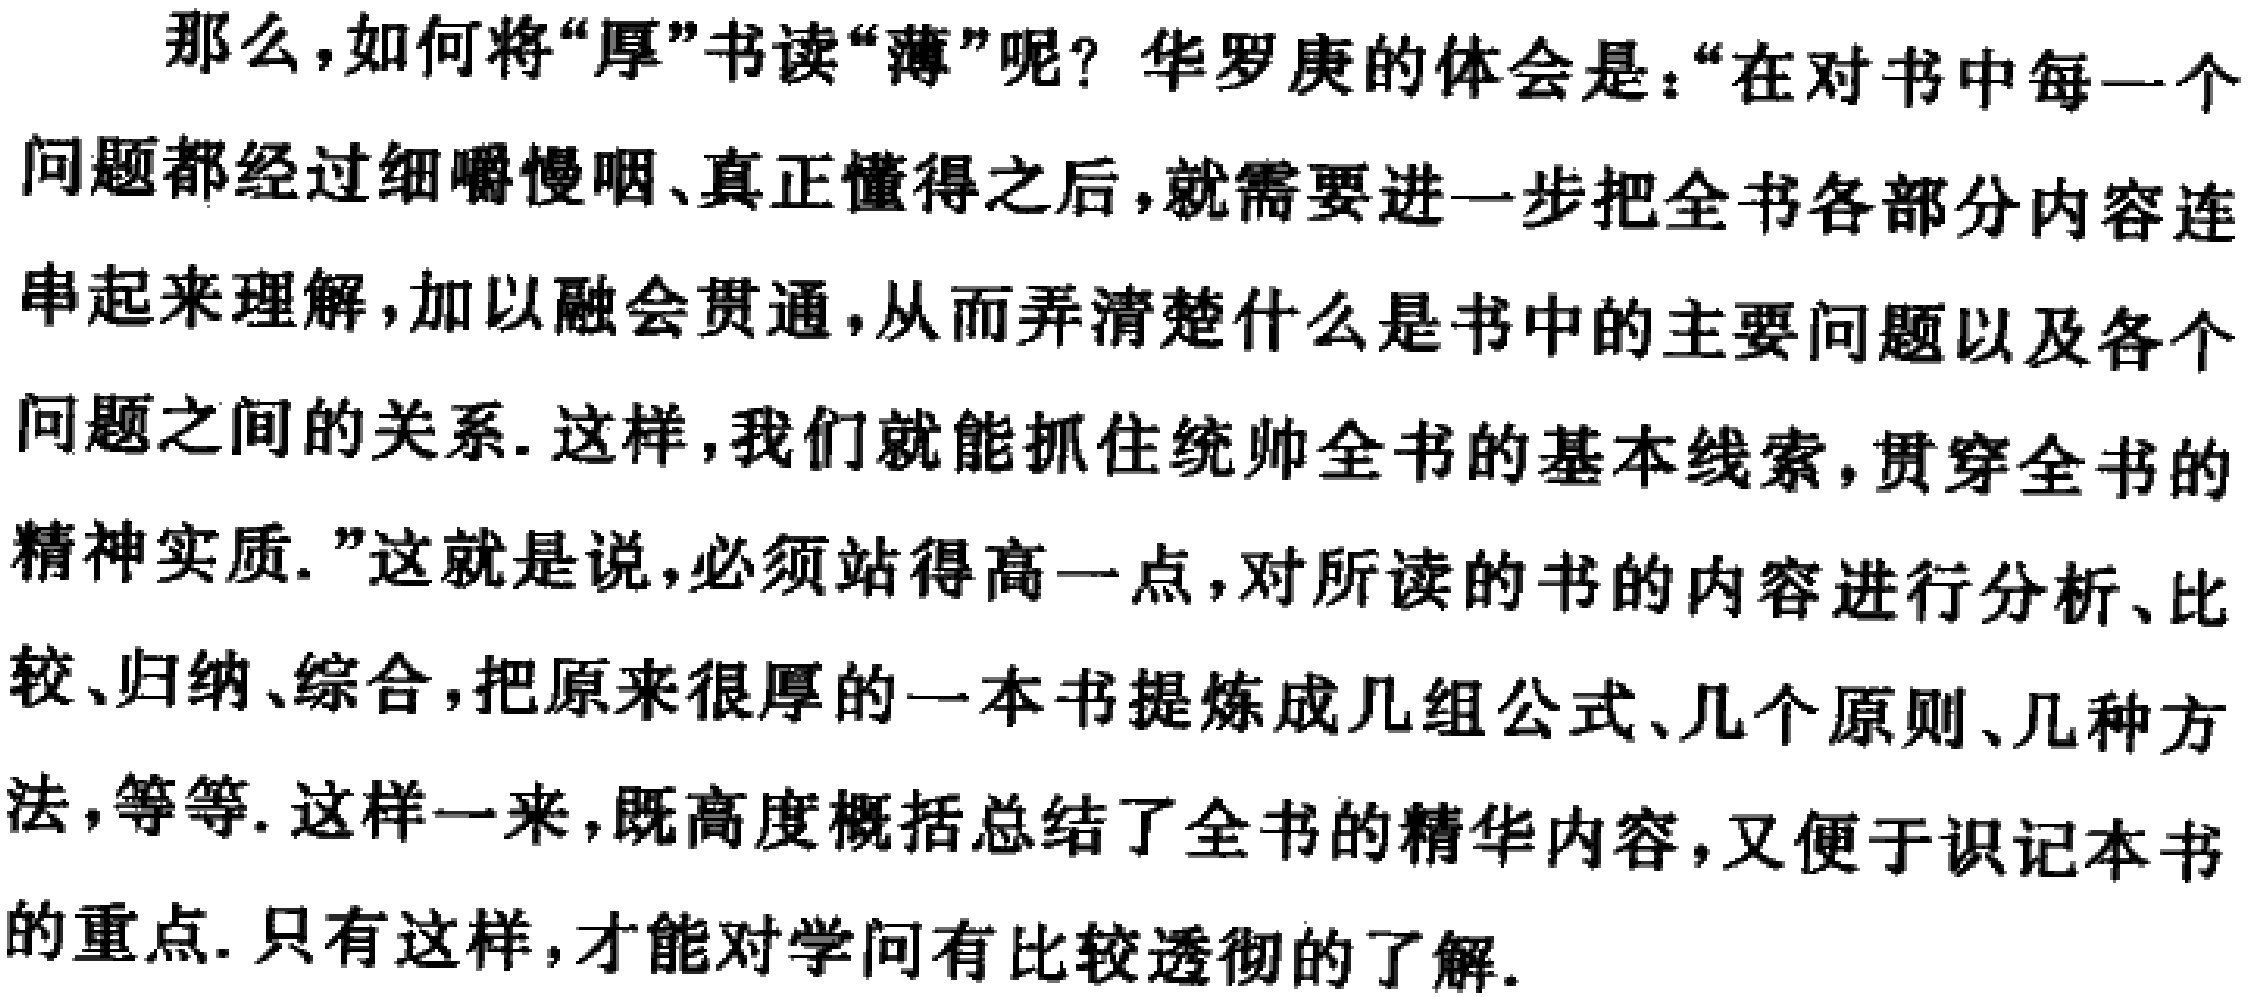
那么，如何将“厚”书读“薄”呢？华罗庚的体会是：“在对书中每一个问题都经过细嚼慢咽、真正懂得之后，就需要进一步把全书各部分内容连串起来理解，加以融会贯通，从而弄清楚什么是书中的主要问题以及各个问题之间的关系. 这样，我们就能抓住统帅全书的基本线索，贯穿全书的精神实质.”这就是说，必须站得高一点，对所读的书的内容进行分析、比较、归纳、综合，把原来很厚的一本书提炼成几组公式、几个原则、几种方法，等等. 这样一来，既高度概括总结了全书的精华内容，又便于识记本书的重点. 只有这样，才能对学问有比较透彻的了解.